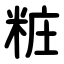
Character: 粧